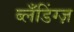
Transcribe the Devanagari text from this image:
ब्लँडिंग्ज़